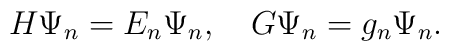
H\Psi\sb n = E\sb n\Psi\sb n ,\quad G\Psi\sb n = g\sb n\Psi\sb n.